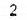
2